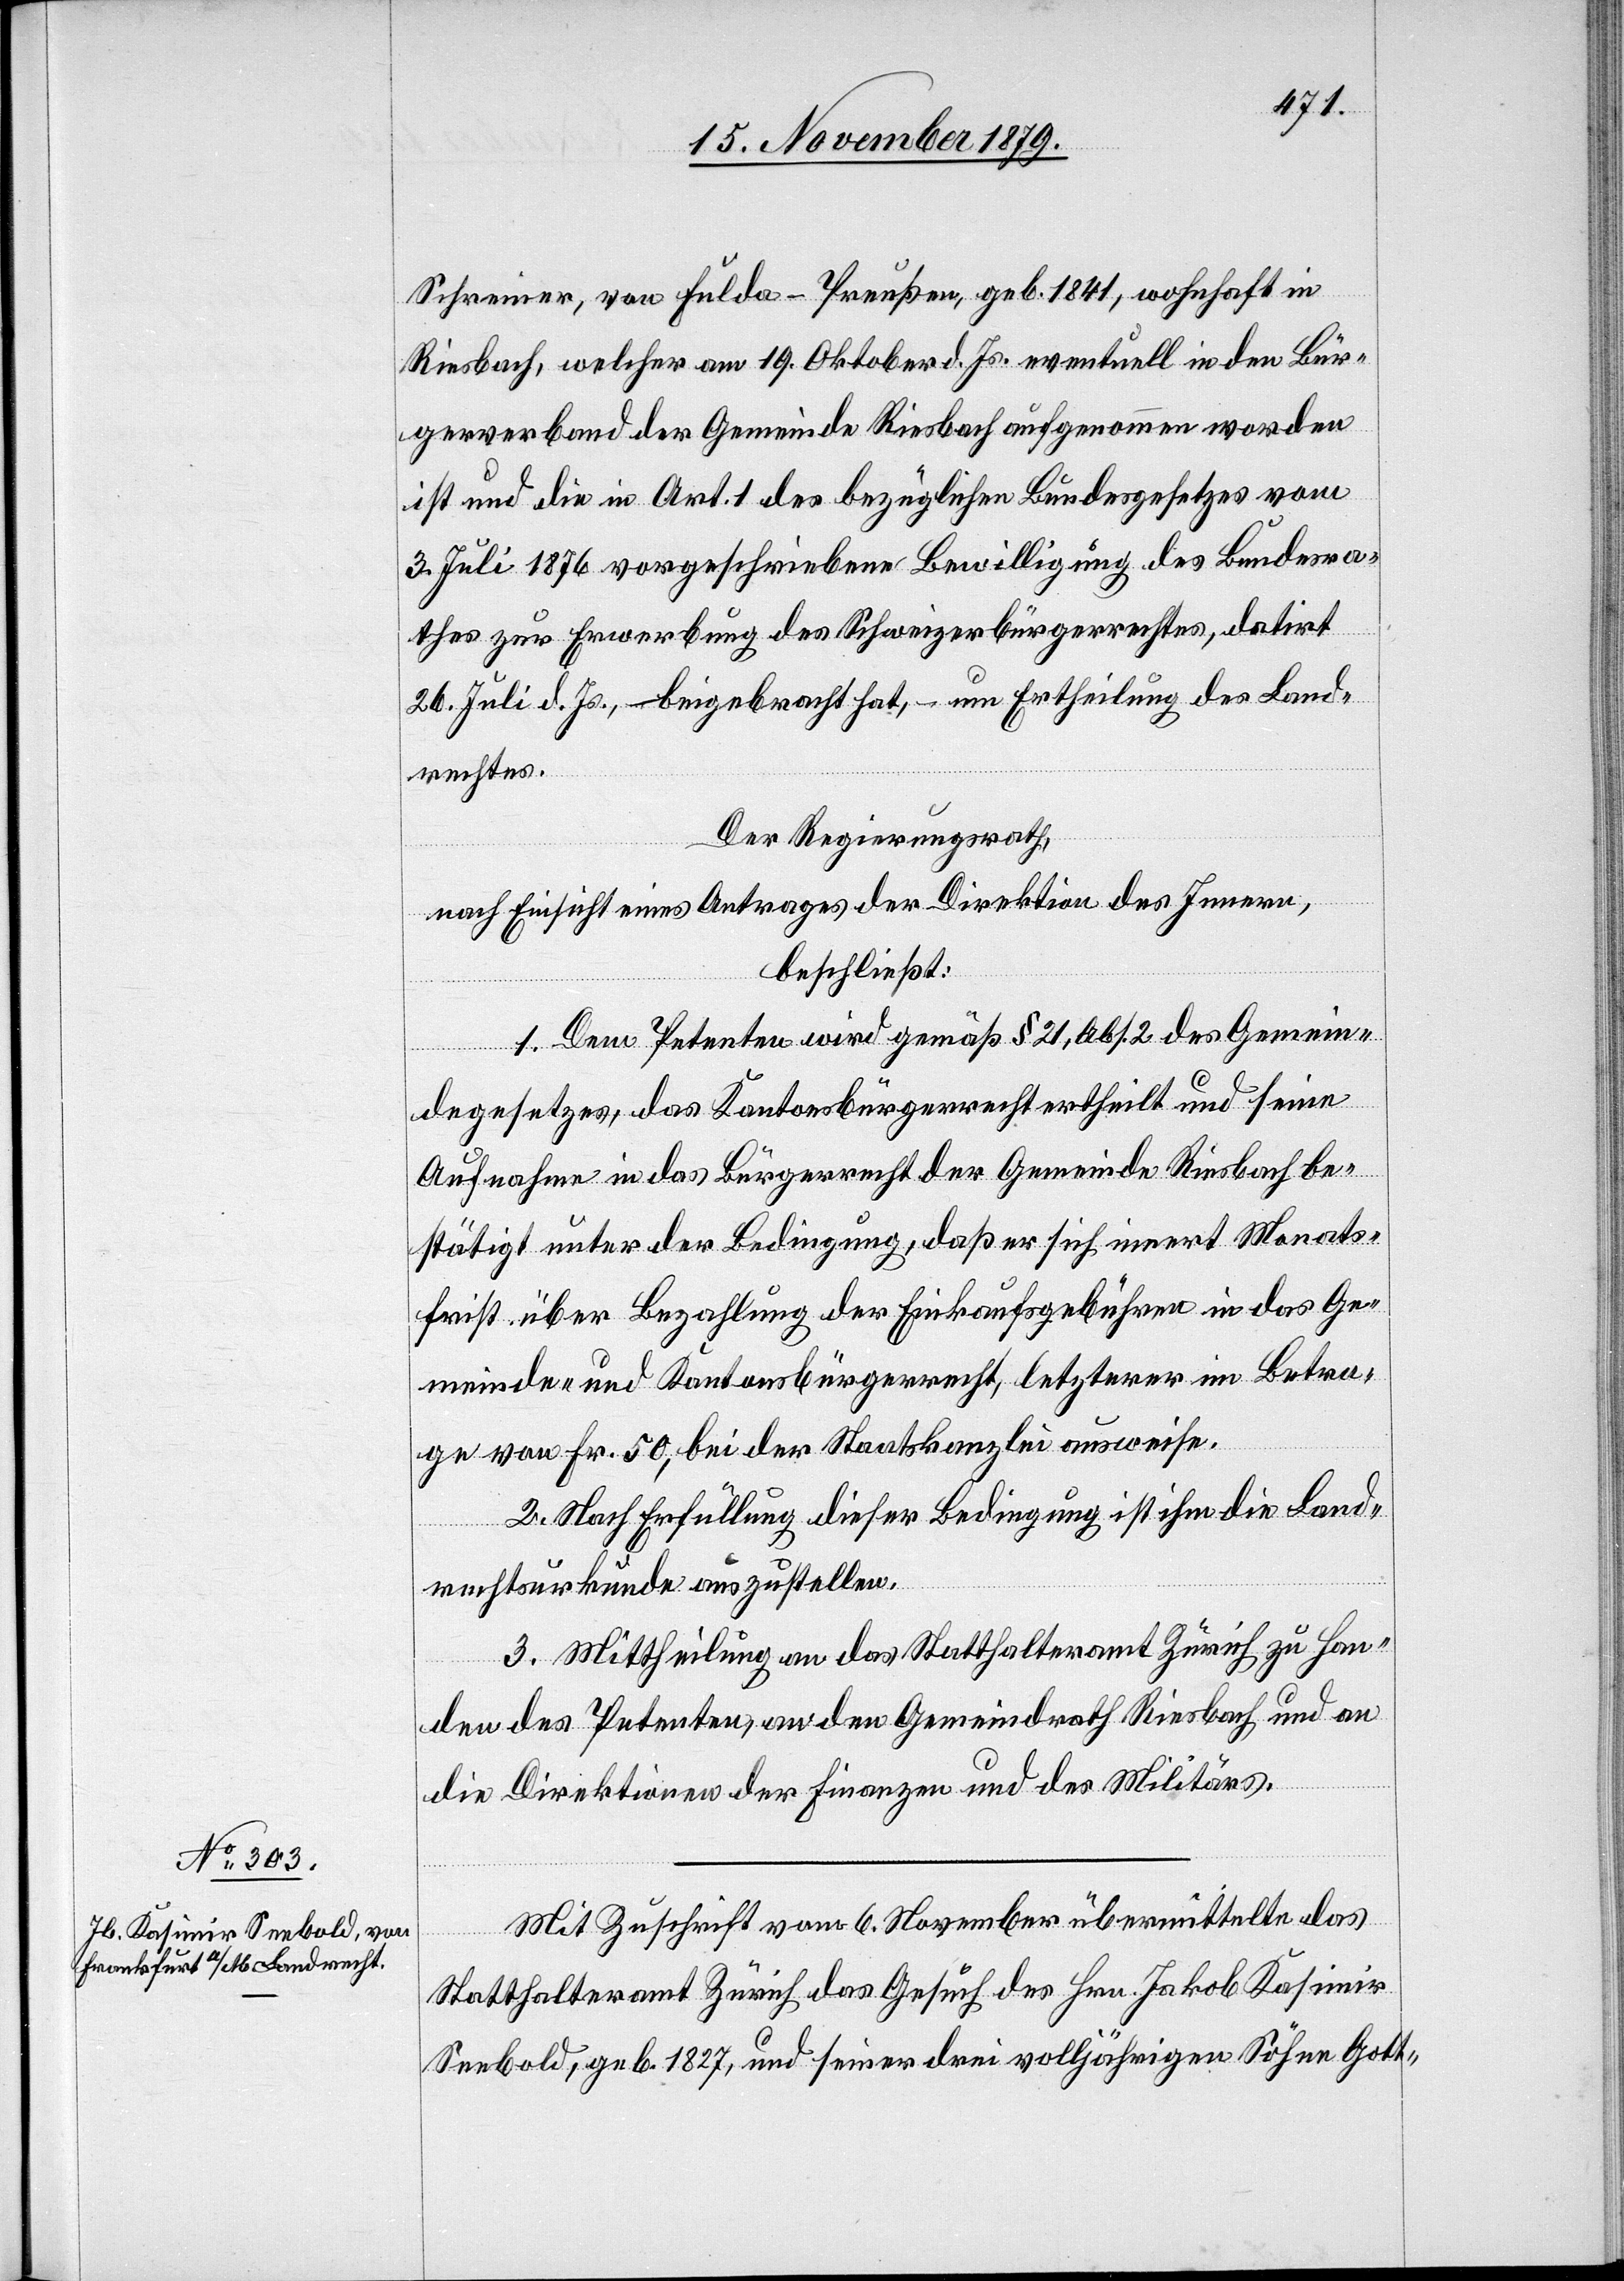
Schreiner, von Fulda - Preußen, geb. 1841, wohnhaft in
Riesbach, welcher am 19. Oktober d. Js. eventuell in den Bür¬
gerverband der Gemeinde Riesbach aufgenommen worden
ist und die in Art. 1 des bezüglichen Bundesgesetzes vom
3. Juli 1876 vorgeschriebene Bewilligung des Bundesra¬
thes zur Erwerbung des Schweizerbürgerrechtes, datirt
26. Juli d. Js., beigebracht hat, – um Ertheilung des Land¬
rechtes.
Der Regierungsrath,
nach Einsicht eines Antrages der Direktion des Innern,
beschließt:
1. Dem Petenten wird gemäß § 21 Abs. 2 des Gemein¬
degesetzes, das Kantonsbürgerrecht ertheilt und seine
Aufnahme in das Bürgerrecht der Gemeinde Riesbach be¬
stätigt unter der Bedingung, daß er sich innert Monats¬
frist über Bezahlung der Einkaufsgebühren in das Ge¬
meinde- und Kantonsbürgerrecht, letzterer im Betra¬
ge von Fr. 50, bei der Staatskanzlei ausweise.
2. Nach Erfüllung dieser Bedingung ist ihm die Land¬
rechtsurkunde auszustellen.
3. Mittheilung an das Statthalteramt Zürich zu Han¬
den des Petenten, an den Gemeindrath Riesbach und an
die Direktionen der Finanzen und des Militärs.
Mit Zuschrift vom 6. November übermittelte das
Statthalteramt Zürich das Gesuch des Hrn. Jakob Kasimir
Seebold, geb. 1827, und seiner drei volljährigen Söhne Gott-